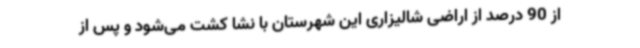
از 90 درصد از اراضی شالیزاری این شهرستان با نشا کشت می‌شود و پس از